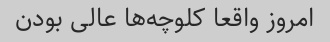
امروز واقعا کلوچه‌ها عالی بودن